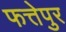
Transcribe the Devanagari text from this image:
फत्तेपुर